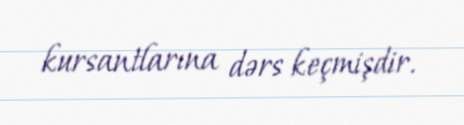
kursantlarına dərs keçmişdir.